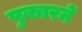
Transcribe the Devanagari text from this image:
पुकारनें